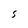
Character: S